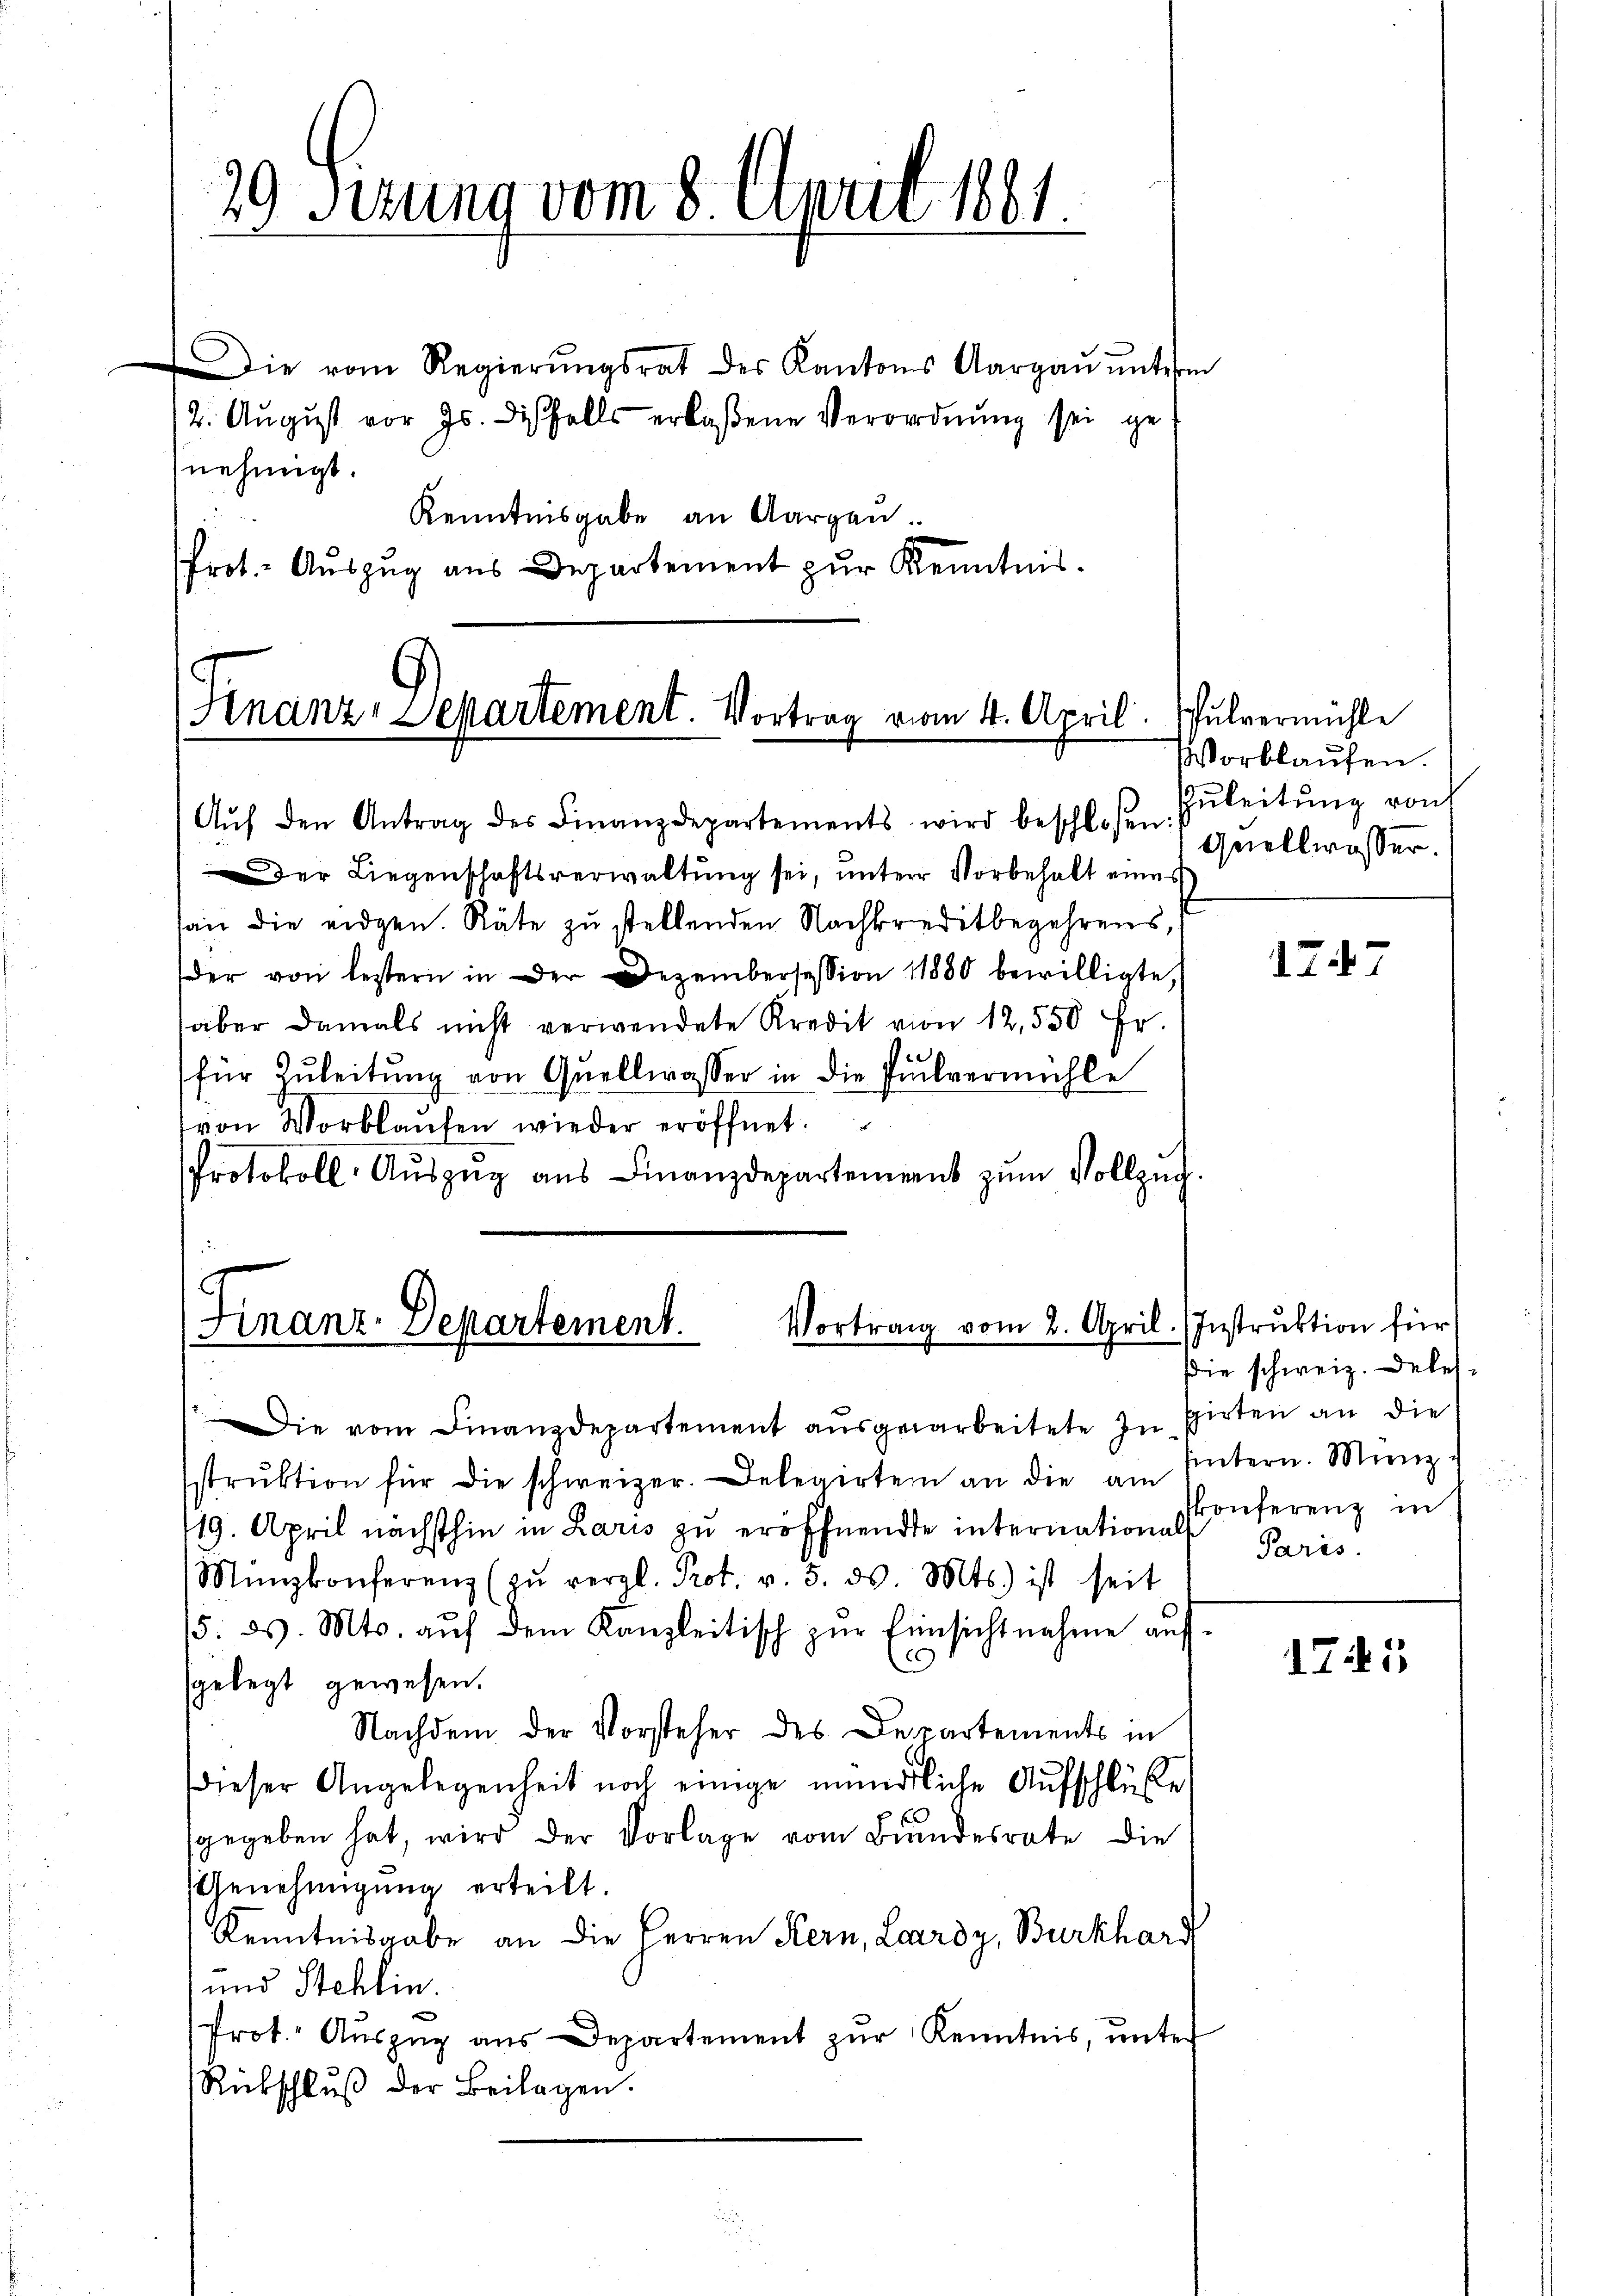
29 Sizung vom 8. April 1881.

Die vom Regierŭngsrat der Kantons Aargaŭ ŭntern
12. Aŭgŭst vor Js. diesfalls erlaßene Verordnŭng sei ge
nehmigt.
Kenntnisgabe an Aargaŭ.
Prot. Auszug aus Departement zŭr Kenntnis.

Hnanz-Separtement. Vortrag vom 4. April.
Aŭf den Antrag des Finanzdepartements wird beschlosen

Der Liegenschaftsverwaltung sei, unterer Vorbehalt eines
an die eidgen. Räte zu stellenden Nachkreditbegehrens,
der von letztern in der Dezembersession 11880 bewilligte,
aber damals nicht verwendete Kredit von 12,550 Fr.
für Zŭleitŭng von Quellwasser in die Pulvermühle
von Vorblaŭfen wieder eröffnet.
Protokoll- Aŭszŭg aŭs Finanzdepartemens zŭm Vollzug

Vortrag vom 2. April. Instruktion für
Finanz-Departement.

Die vom Finanzdepartement ausgearbeitete zu
strŭktion für die schweizer. Delegirten an die am
119. April nächsthin in Laris zu eröffnende internation Conferenz in
Münzkonferenz (zŭ vergl. Prot. v. 5. ds. Mts. ist seit
15. ds. Mts. aŭf dem Kanzleitisch zŭr Einsichtnahme aŭf-
c
sgelegt gewesen.
Nachdem der Vorsteher des Departements in
dieser Angelegenheit noch einige mündliche Aufschlüße
sgegeben hat, wird der Vorlage vom Bundesrate die
Genehmigung erteilt.
Kenntnisgabe an die Herren Kern, Lardy, Burkhard
und Stehlin.
Prot. Aŭszŭg aŭs Departement zŭr Kenntnis, unter
Rückschlŭβ der Beilagen.

Pulvermühle
orblaufen.
Zuleitung von
Quellwasser.

1747

Die schweiz. Debessirten an die
intern. Menz
Paris

1745